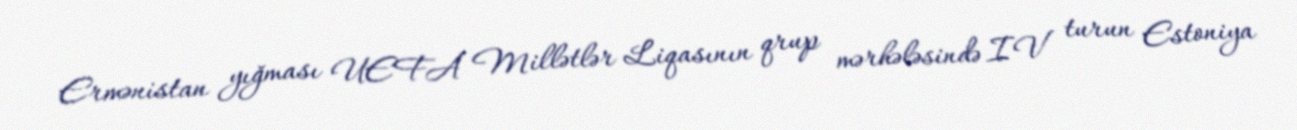
Ermənistan yığması UEFA Millətlər Liqasının qrup mərhələsində IV turun Estoniya